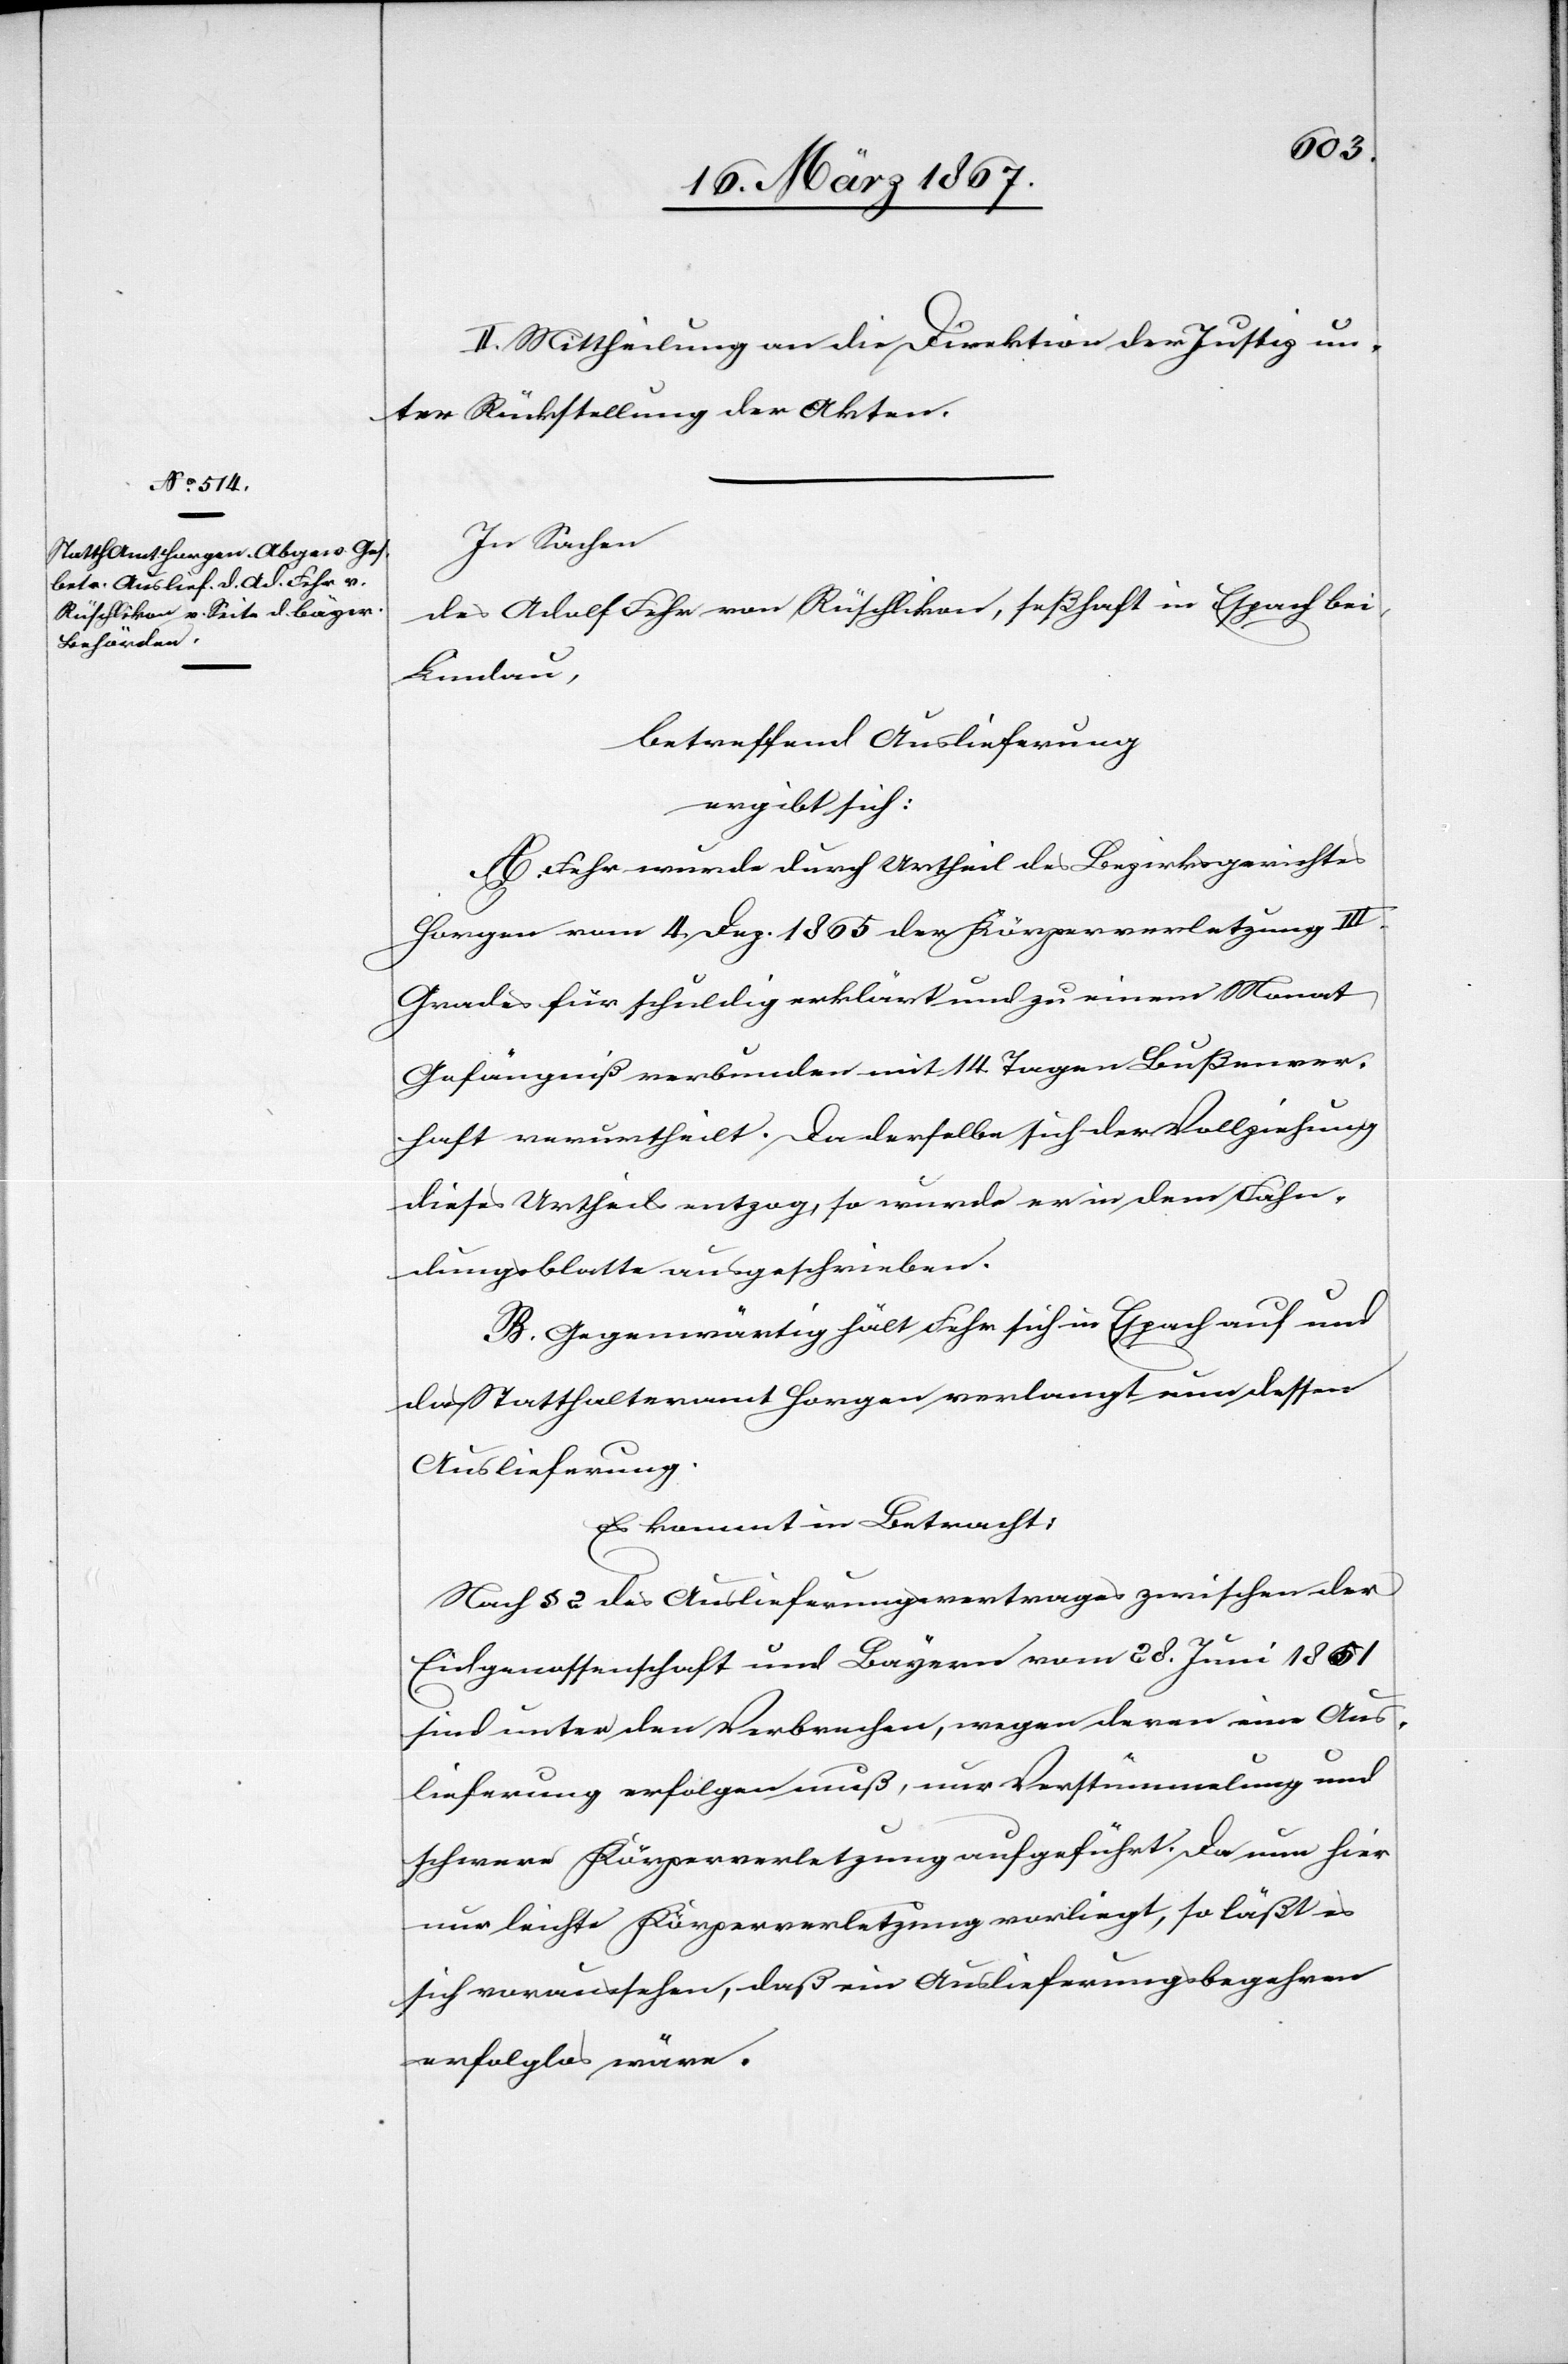
II. Mittheilung an die Direktion der Justiz un¬
ter Rückstellung der Akten.
In Sachen
des Adolf Fehr von Rüschlikon, seßhaft in Espach bei
Lindau,
betreffend Auslieferung
ergibt sich:
A. Fehr wurde durch Urtheil des Bezirksgerichtes
Horgen vom 4. Dez. 1865 der Körperverletzung III.
Grades für schuldig erklärt und zu einem Monat
Gefängniß verbunden mit 14 Tagen Bußenver¬
haft verurtheilt. Da derselbe sich der Vollziehung
dieses Urtheils entzog, so wurde er in dem Fahn¬
dungsblatte ausgeschrieben.
B. Gegenwärtig hält Fehr sich in Espach auf und
das Statthalteramt Horgen verlangt nun dessen
Auslieferung.
Es kommt in Betracht:
Nach § 2 des Auslieferungsvertrages zwischen der
Eidgenossenschaft und Bayern vom 28. Juni 1861
sind unter den Verbrechen, wegen deren eine Aus¬
lieferung erfolgen muß, nur Verstümmelung und
schwere Körperverletzung aufgeführt. Da nun hier
nur leichte Körperverletzung vorliegt, so läßt es
sich voraussehen, daß ein Auslieferungsbegehren
erfolglos wäre.